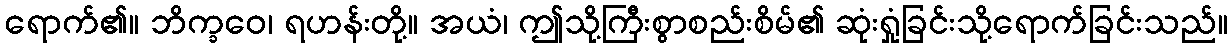
ရောက်၏။ ဘိက္ခဝေ၊ ရဟန်းတို့။ အယံ၊ ဤသို့ကြီးစွာစည်းစိမ်၏ ဆုံးရှုံခြင်းသို့ရောက်ခြင်းသည်။